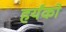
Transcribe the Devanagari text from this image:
हर्यंको